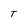
Character: T